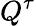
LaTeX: Q^{\tau}